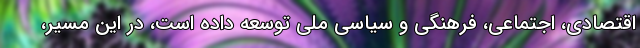
اقتصادی، اجتماعی، فرهنگی و سیاسی ملی توسعه داده است، در این مسیر،